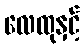
လေထုနှင့်